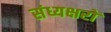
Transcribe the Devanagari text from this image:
संध्यक्षरों